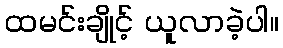
ထမင်းချိုင့် ယူလာခဲ့ပါ။